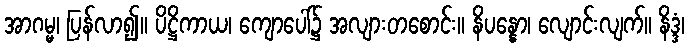
အာဂမ္မ၊ ပြန်လာ၍။ ပိဋ္ဌိကာယ၊ ကျောပေါ်၌ အလျားတစောင်း။ နိပန္နော၊ လျောင်းလျက်။ နိဒ္ဒံ၊